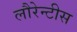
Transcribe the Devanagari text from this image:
लौरेन्टीस